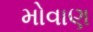
મોવાણ